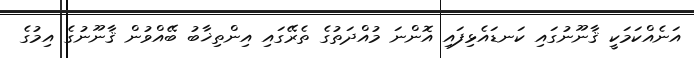
އަނެއްކަމަކީ ޤާނޫނުގައި ކަނޑައެޅިފައި އޮންނަ މުއްދަތުގެ ތެރޭގައި އިންތިޚާބު ބޭއްވުން ޤާނޫނުގެ އިމުގެ